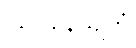
ဩပနေယျိကံ